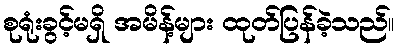
စုရုံးခွင့်မရှိ အမိန့်များ ထုတ်ပြန်ခဲ့သည်။